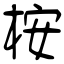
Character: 桉